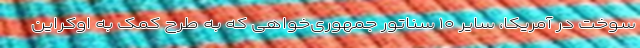
سوخت در آمریکا، سایر ۱۰ سناتور جمهوری‌خواهی که به طرح کمک به اوکراین